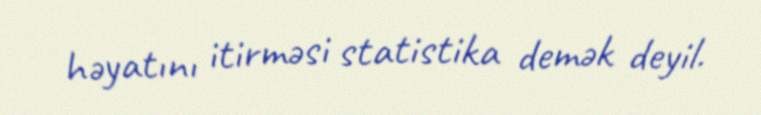
həyatını itirməsi statistika demək deyil.